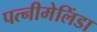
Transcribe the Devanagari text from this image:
पत्नीमेलिंडा